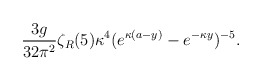
\begin{align*}{3g\over 32\pi^2}\zeta_R(5)\kappa^4(e^{\kappa(a-y)}-e^{-\kappa y})^{-5}.\end{align*}